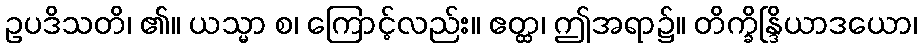
ဥပဒိသတိ၊ ၏။ ယသ္မာ စ၊ ကြောင့်လည်း။ ဧတ္ထ၊ ဤအရာ၌။ တိက္ခိန္ဒြိယာဒယော၊